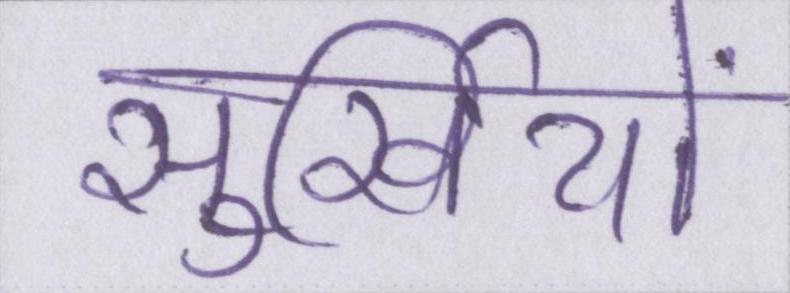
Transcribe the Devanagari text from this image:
सुर्खियों